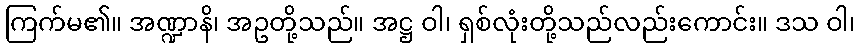
ကြက်မ၏။ အဏ္ဍာနိ၊ အဥတို့သည်။ အဋ္ဌ ဝါ၊ ရှစ်လုံးတို့သည်လည်းကောင်း။ ဒသ ဝါ၊